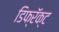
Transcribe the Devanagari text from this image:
डिफ्रॅक्ट